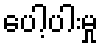
ပေါ့ပါးမှု